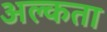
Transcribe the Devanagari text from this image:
अल्कता